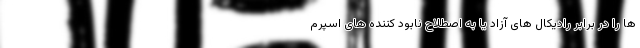
ها را در برابر رادیکال های آزاد یا به اصطلاح نابود کننده های اسپرم